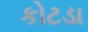
કોટડા